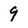
Character: 9